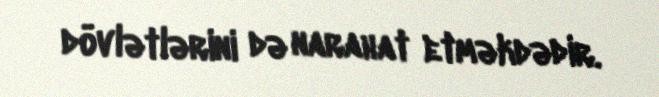
dövlətlərini də narahat etməkdədir.